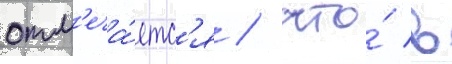
отм'еча́етс'я / что́ в